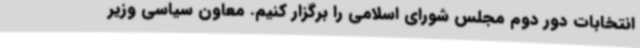
انتخابات دور دوم مجلس شورای اسلامی را برگزار کنیم. معاون سیاسی وزیر